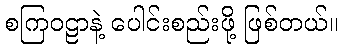
စကြဝဠာနဲ့ ပေါင်းစည်းဖို့ ဖြစ်တယ်။